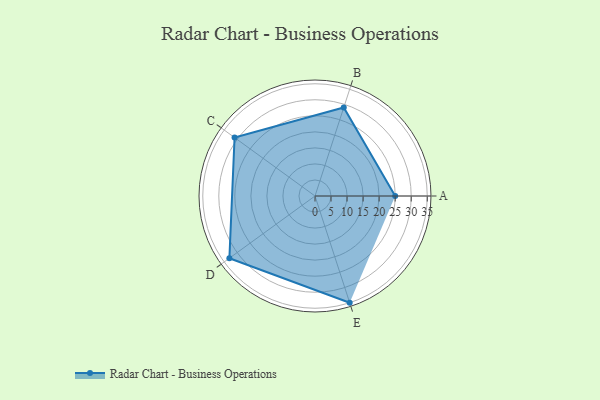
{"axis": {"x": "Skill", "y": "Score"}, "legend": ["Profile"], "data": [{"x": "A", "y": 25.0, "type": "Profile"}, {"x": "B", "y": 29.0, "type": "Profile"}, {"x": "C", "y": 31.0, "type": "Profile"}, {"x": "D", "y": 33.0, "type": "Profile"}, {"x": "E", "y": 35.0, "type": "Profile"}]}